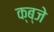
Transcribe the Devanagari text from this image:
क्ब्जे